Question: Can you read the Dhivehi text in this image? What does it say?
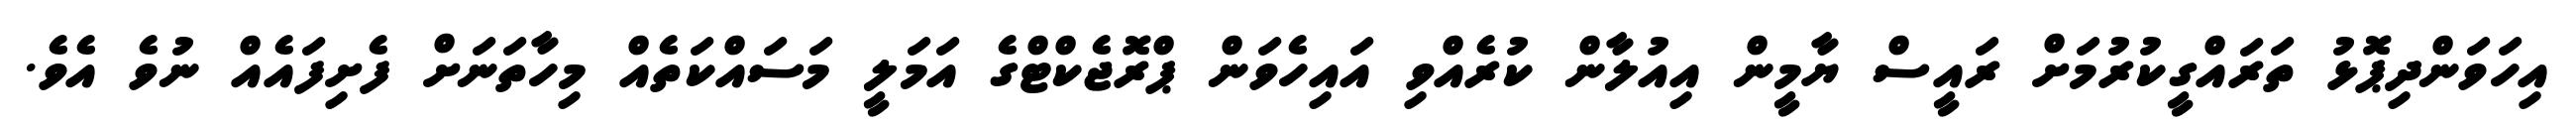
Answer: އިހަވަންދިޕޮޅު ތަރައްގީކުރުމަށް ރައީސް ޔާމީން އިއުލާން ކުރެއްވި އައިހެވަން ޕްރޮޖެކްޓްގެ އަމަލީ މަސައްކަތެއް މިހާތަނަށް ފެށިފައެއް ނުވެ އެވެ.